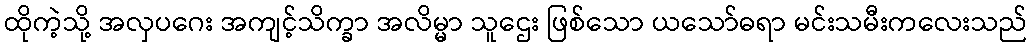
ထိုကဲ့သို့ အလှပဂေး အကျင့်သိက္ခာ အလိမ္မာ သူဌေး ဖြစ်သော ယသော်ဓရာ မင်းသမီးကလေးသည်